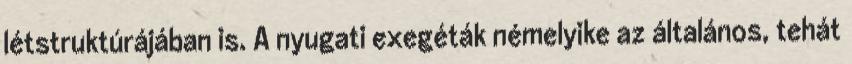
létstruktúrájában is. A nyugati exegéták némelyike az általános, tehát